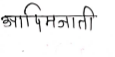
मजकूर: आदिमजाति